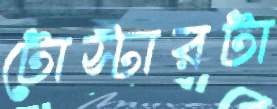
টোস্টারটা